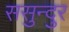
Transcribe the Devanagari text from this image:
ससुन्दुर